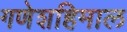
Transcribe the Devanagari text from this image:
गणेशहिमाल